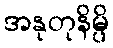
အနုတုနိမ္ပိ